Indian journal of veterinary science and animal husbandry - Volumes 24-25, 1954-1955
Year: 1954
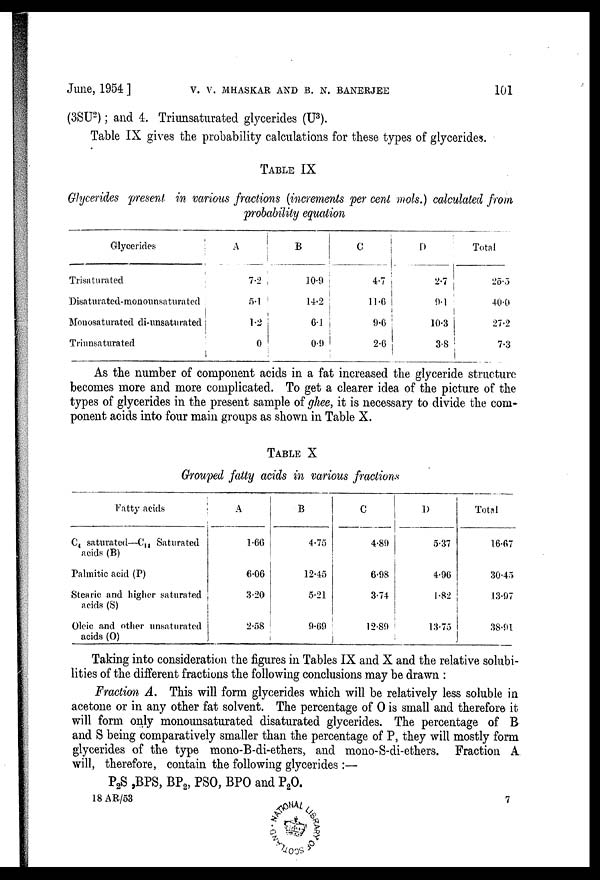
June, 1954] V. V. MHASKAR AND B. N. BANERJEE 101
(3SU 2 ); and 4. Triunsaturated glycerides (U 3 ).
Table IX gives the probability calculations for these types of glycerides.
TABLE IX
Glycerides present in various fractions (increments per cent mols.) calculated from
probability equation
Glycerides
Trisaturated
Disaturated-monounsaturated
Monosaturated di-unsaturated
Triunsaturated
A
7.2
5.1
1.2
0
B
10.9
14.2
9.6
0.9
C
4.7
11.6
9.6
2.6
D
2.7
9.1
10.3
3.8
Total
25.5
40.0
27.2
7.3
As the number of component acids in a fat increased the glyceride structure
becomes more and more complicated. To get a clearer idea of the picture of the
types of glycerides in the present sample of ghee, it is necessary to divide the com-
ponent acids into four main groups as shown in Table X.
TABLE X
Grouped fatty acids in various fractions
Fatty acids
C 4 saturated—C 14 Saturated
acids (B)
Palmitic acid (P)
Stearic and higher saturated
acids (S)
Oleic and other unsaturated
acids (O)
A
1.66
6.06
3.20
2.58
B
4.75
12.45
5.21
9.69
C
4.89
6.98
3.74
12.89
D
5.37
4.96
1.82
13.75
Total
16.67
30.45
13.97
38.91
Taking into consideration the figures in Tables IX and X and the relative solubi-
lities of the different fractions the following conclusions may be drawn:
Fraction A. This will form glycerides which will be relatively less soluble in
acetone or in any other fat solvent. The percentage of O is small and therefore it
will form only monounsaturated disaturated glycerides. The percentage of B
and S being comparatively smaller than the percentage of P, they will mostly form
glycerides of the type mono-B-di-ethers, and mono-S-di-ethers. Fraction A.
will, therefore, contain the following glycerides:—
P 2 S ,BPS, BP 2 , PSO, BPO and P 2 O.
18 AR/53
7